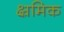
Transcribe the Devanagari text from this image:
क्ष्रमिक